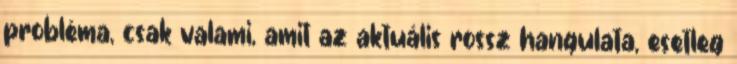
probléma, csak valami, amit az aktuális rossz hangulata, esetleg